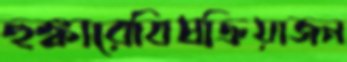
হুঙ্কারেবিষক্রিয়াজন